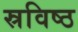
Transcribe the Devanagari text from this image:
स्रविष्ठ